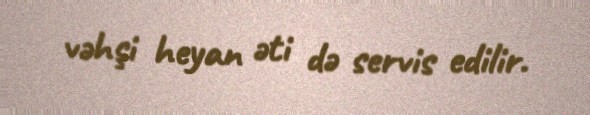
vəhşi heyan əti də servis edilir.